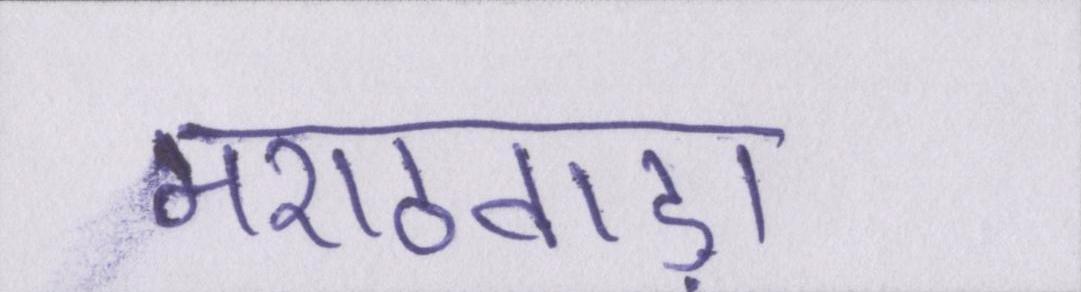
मराठवाड़ा